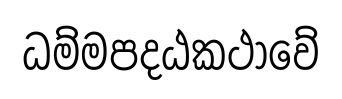
ධම්මපදඨකථාවේ